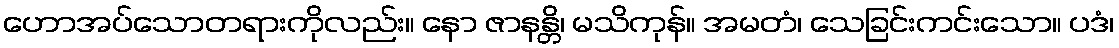
ဟောအပ်သောတရားကိုလည်း။ နော ဇာနန္တိ၊ မသိကုန်။ အမတံ၊ သေခြင်းကင်းသော။ ပဒံ၊